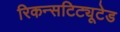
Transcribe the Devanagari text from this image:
रिकन्सटिट्यूटेड